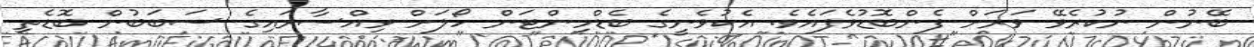
ބޭނުން ނުކުރެވޭ ވަރަށް ފެންބޮޑުވެފައެވެ. އެކުވެނީގެ ބެޑްމިންޓަން ހޯލަށް ވިއްސާރައިގެ ސަބަބުން ބޮޑެތި